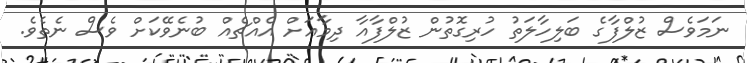
ނަމަވެސް ޒުލްފާގެ ބަލިހާލަތު ހުރިގޮތުން ޒުލްފާއާ ދިމާއަށް އެއްޗެއް ބުނެވޭކަށް ވެސް ނެތެވެ.